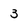
Character: 3